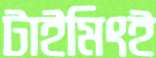
টাইমিংই